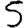
Digit: 5